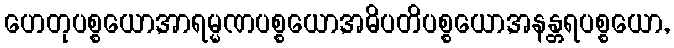
ဟေတုပစ္စယော,အာရမ္မဏပစ္စယော,အဓိပတိပစ္စယော,အနန္တရပစ္စယော,